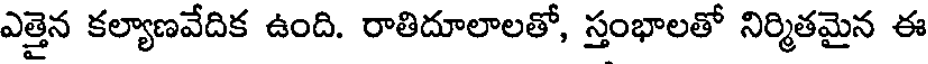
ఎత్తైన కల్యాణవేదిక ఉంది. రాతిదూలాలతో, స్తంభాలతో నిర్మితమైన ఈ